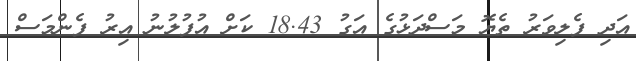
އަދި ފެލިވަރު ތެޔޮ މަސްދަޅުގެ އަގު 18.43 ކަށް އުފުލުނު އިރު ފެންމަސް